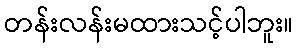
တန်းလန်းမထားသင့်ပါဘူး။